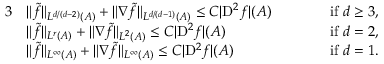
\begin{array} { r l r l } { { 3 } } & { \Vert \tilde { f } \Vert _ { L ^ { d / ( d - 2 ) } ( A ) } + \Vert \nabla \tilde { f } \Vert _ { L ^ { d / ( d - 1 ) } ( A ) } \le C | { \mathrm { D } } ^ { 2 } f | ( A ) \qquad } & & { \mathrm { i f ~ } d \ge 3 , } \\ & { \Vert \tilde { f } \Vert _ { L ^ { r } ( A ) } + \Vert \nabla \tilde { f } \Vert _ { L ^ { 2 } ( A ) } \le C | { \mathrm { D } } ^ { 2 } f | ( A ) \qquad } & & { \mathrm { i f ~ } d = 2 , } \\ & { \Vert \tilde { f } \Vert _ { L ^ { \infty } ( A ) } + \Vert \nabla \tilde { f } \Vert _ { L ^ { \infty } ( A ) } \le C | { \mathrm { D } } ^ { 2 } f | ( A ) \qquad } & & { \mathrm { i f ~ } d = 1 . } \end{array}